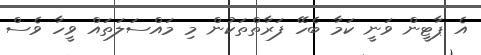
އެ ޕާޓީން ވަނީ ކަމާ ބެހޭ ފަރާތްތަކުން މި މައްސަލަތައް ވީހާ ވެސް